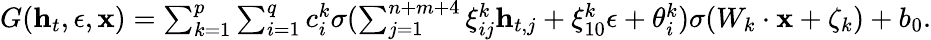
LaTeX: \begin{array}{r}{G(\mathbf{h}_{t},\epsilon,\mathbf{x})=\sum_{k=1}^{p}\sum_{i=1}^{q}c_{i}^{k}\sigma(\sum_{j=1}^{n+m+4}\xi_{ij}^{k}\mathbf{h}_{t,j}+\xi_{10}^{k}\epsilon+\theta_{i}^{k})\sigma(W_{k}\cdot\mathbf{x}+\zeta_{k})+b_{0}.}\end{array}